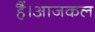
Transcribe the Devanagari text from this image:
हैं।आजकल